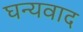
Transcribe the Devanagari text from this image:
घन्यवाद